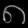
Digit: ၈